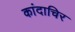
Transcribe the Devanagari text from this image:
कांदाचिर